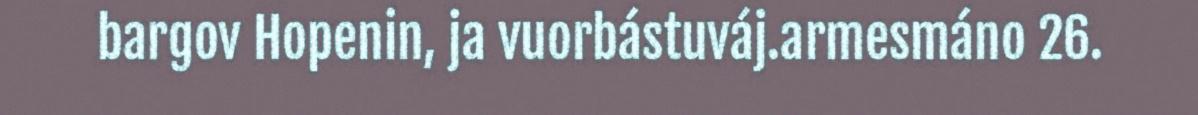
bargov Hopenin, ja vuorbástuváj.armesmáno 26.